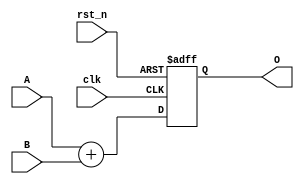
module adder32(clk, rst_n, A, B, O);

    input [31:0] A, B;
    input clk;
    input rst_n;
    output reg [31:0] O;

    always@(posedge clk or negedge rst_n)begin
        if(rst_n == 1'b0) begin
            O <= 'd0;
        end 
        else begin
            O <= A + B;
        end
    end
endmodule